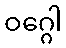
ဝဂ္ဂေါ